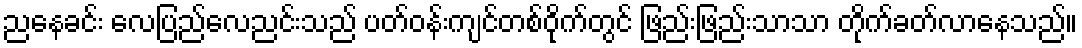
ညနေခင်း လေပြည်လေညင်းသည် ပတ်ဝန်းကျင်တစ်ဝိုက်တွင် ဖြည်းဖြည်းသာသာ တိုက်ခတ်လာနေသည်။